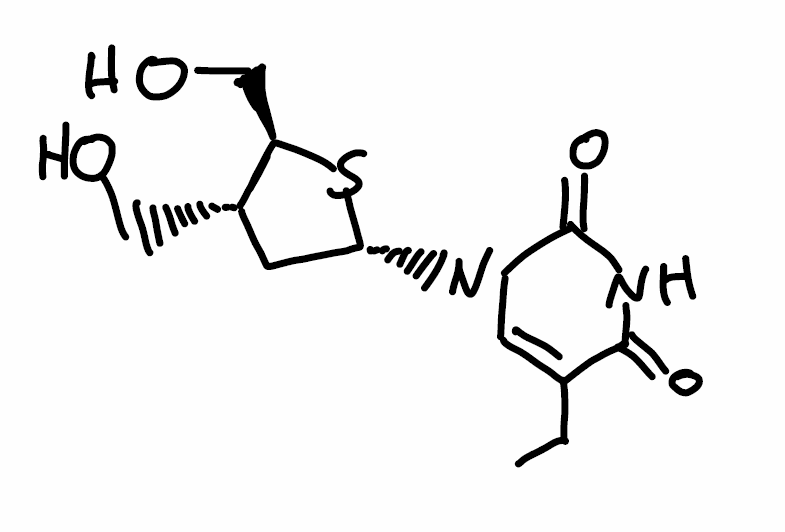
Simplified molecular-input line-entry system (SMILES) notation of the given molecule:
CCC1=CN(C(=O)NC1=O)[C@@H]2C[C@@H]([C@H](S2)CO)CO